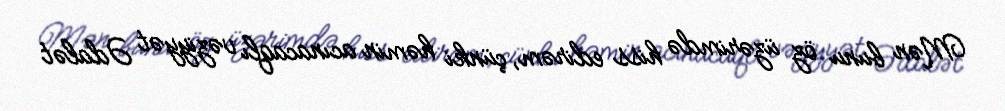
Mən bunu öz üzərimdə hiss edirəm, çünki həmin acınacaqlı vəziyyət Ədalət